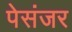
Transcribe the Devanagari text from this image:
पेसंजर